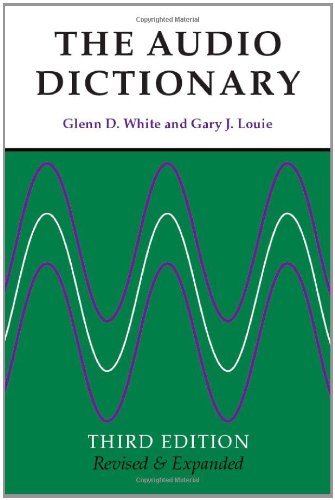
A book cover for The Audio Dictionary: Third Edition, Revised and Expanded; Glenn White; Computers & Technology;